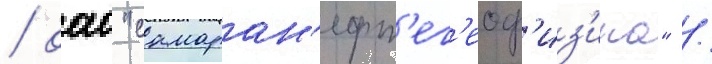
/ оао "самаран'ефт'ег'еоф'из'ика" /